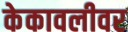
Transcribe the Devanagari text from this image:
केकावलीवर